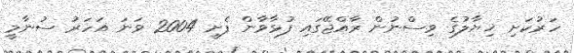
ހަރުކަށި ޚިޔާލުގެ ވިސްނުން ރާއްޖޭގައި ފުޅާވާން ފެށީ 2004 ވަނަ އަހަރު ސުނާމީ